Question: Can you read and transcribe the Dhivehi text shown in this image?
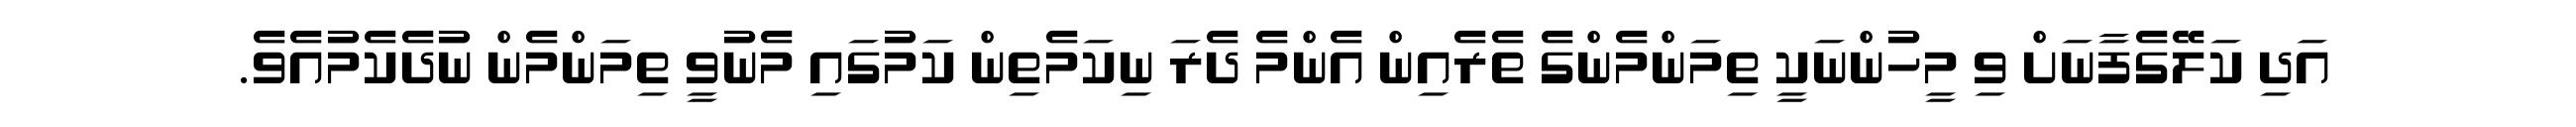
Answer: އަދި ކަލޭގެފާނަށް ވި މީހުންނަކީ ތިމަންމެންގެ ތެރެއިން އެންމެ ދެރަ ނިކަމެތިން ކަމުގައި މެނުވީ ތިމަންމެން ނުދެކެމުއެވެ.